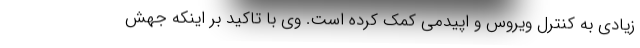
زیادی به کنترل ویروس و اپیدمی کمک کرده است. وی با تاکید بر اینکه جهش